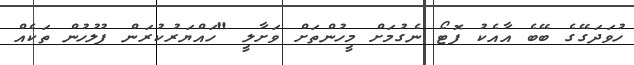
ހުވަދަގޭގެ ބޭބެ އާއެކު ފޮޓޯ ނެގުމަށް މީހުންތަށް ވަށާލީ "ހައްޔަރުކުރަން ފުލުހުން ތަކެއް